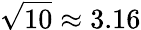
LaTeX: {\sqrt{10}}\approx 3.16